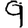
Digit: 9